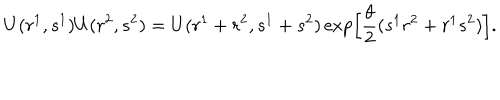
U ( r ^ { 1 } , s ^ { 1 } ) U ( r ^ { 2 } , s ^ { 2 } ) = U ( r ^ { 1 } + r ^ { 2 } , s ^ { 1 } + s ^ { 2 } ) \exp \Bigl [ \frac { \theta } { 2 } ( s ^ { 1 } r ^ { 2 } + r ^ { 1 } s ^ { 2 } ) \Bigr ] .